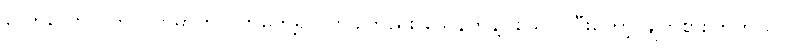
လောလောလတ်လတ်မှာကို ဝက်တွေ့ရင် တခါတည်း သေနတ်နဲ့ပစ်သတ်ပြီးတော့ ချက်စားကြတယ်။